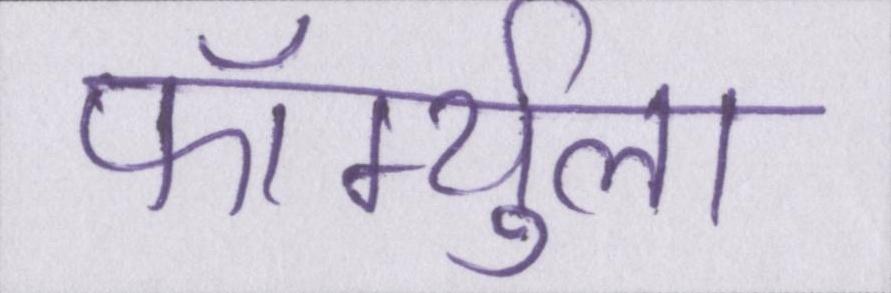
फॉर्म्युला